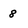
Character: 8